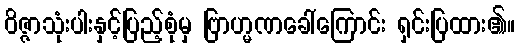
ဝိဇ္ဇာသုံးပါးနှင့်ပြည့်စုံမှ ဗြာဟ္မဏခေါ်ကြောင်း ရှင်းပြထား၏။